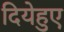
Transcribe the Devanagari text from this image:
दियेहुए